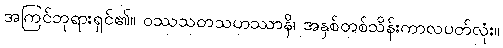
အကြင်ဘုရားရှင်၏။ ဝဿသတသဟဿာနိ၊ အနှစ်တစ်သိန်းကာလပတ်လုံး။